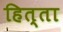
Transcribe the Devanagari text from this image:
हित्ता